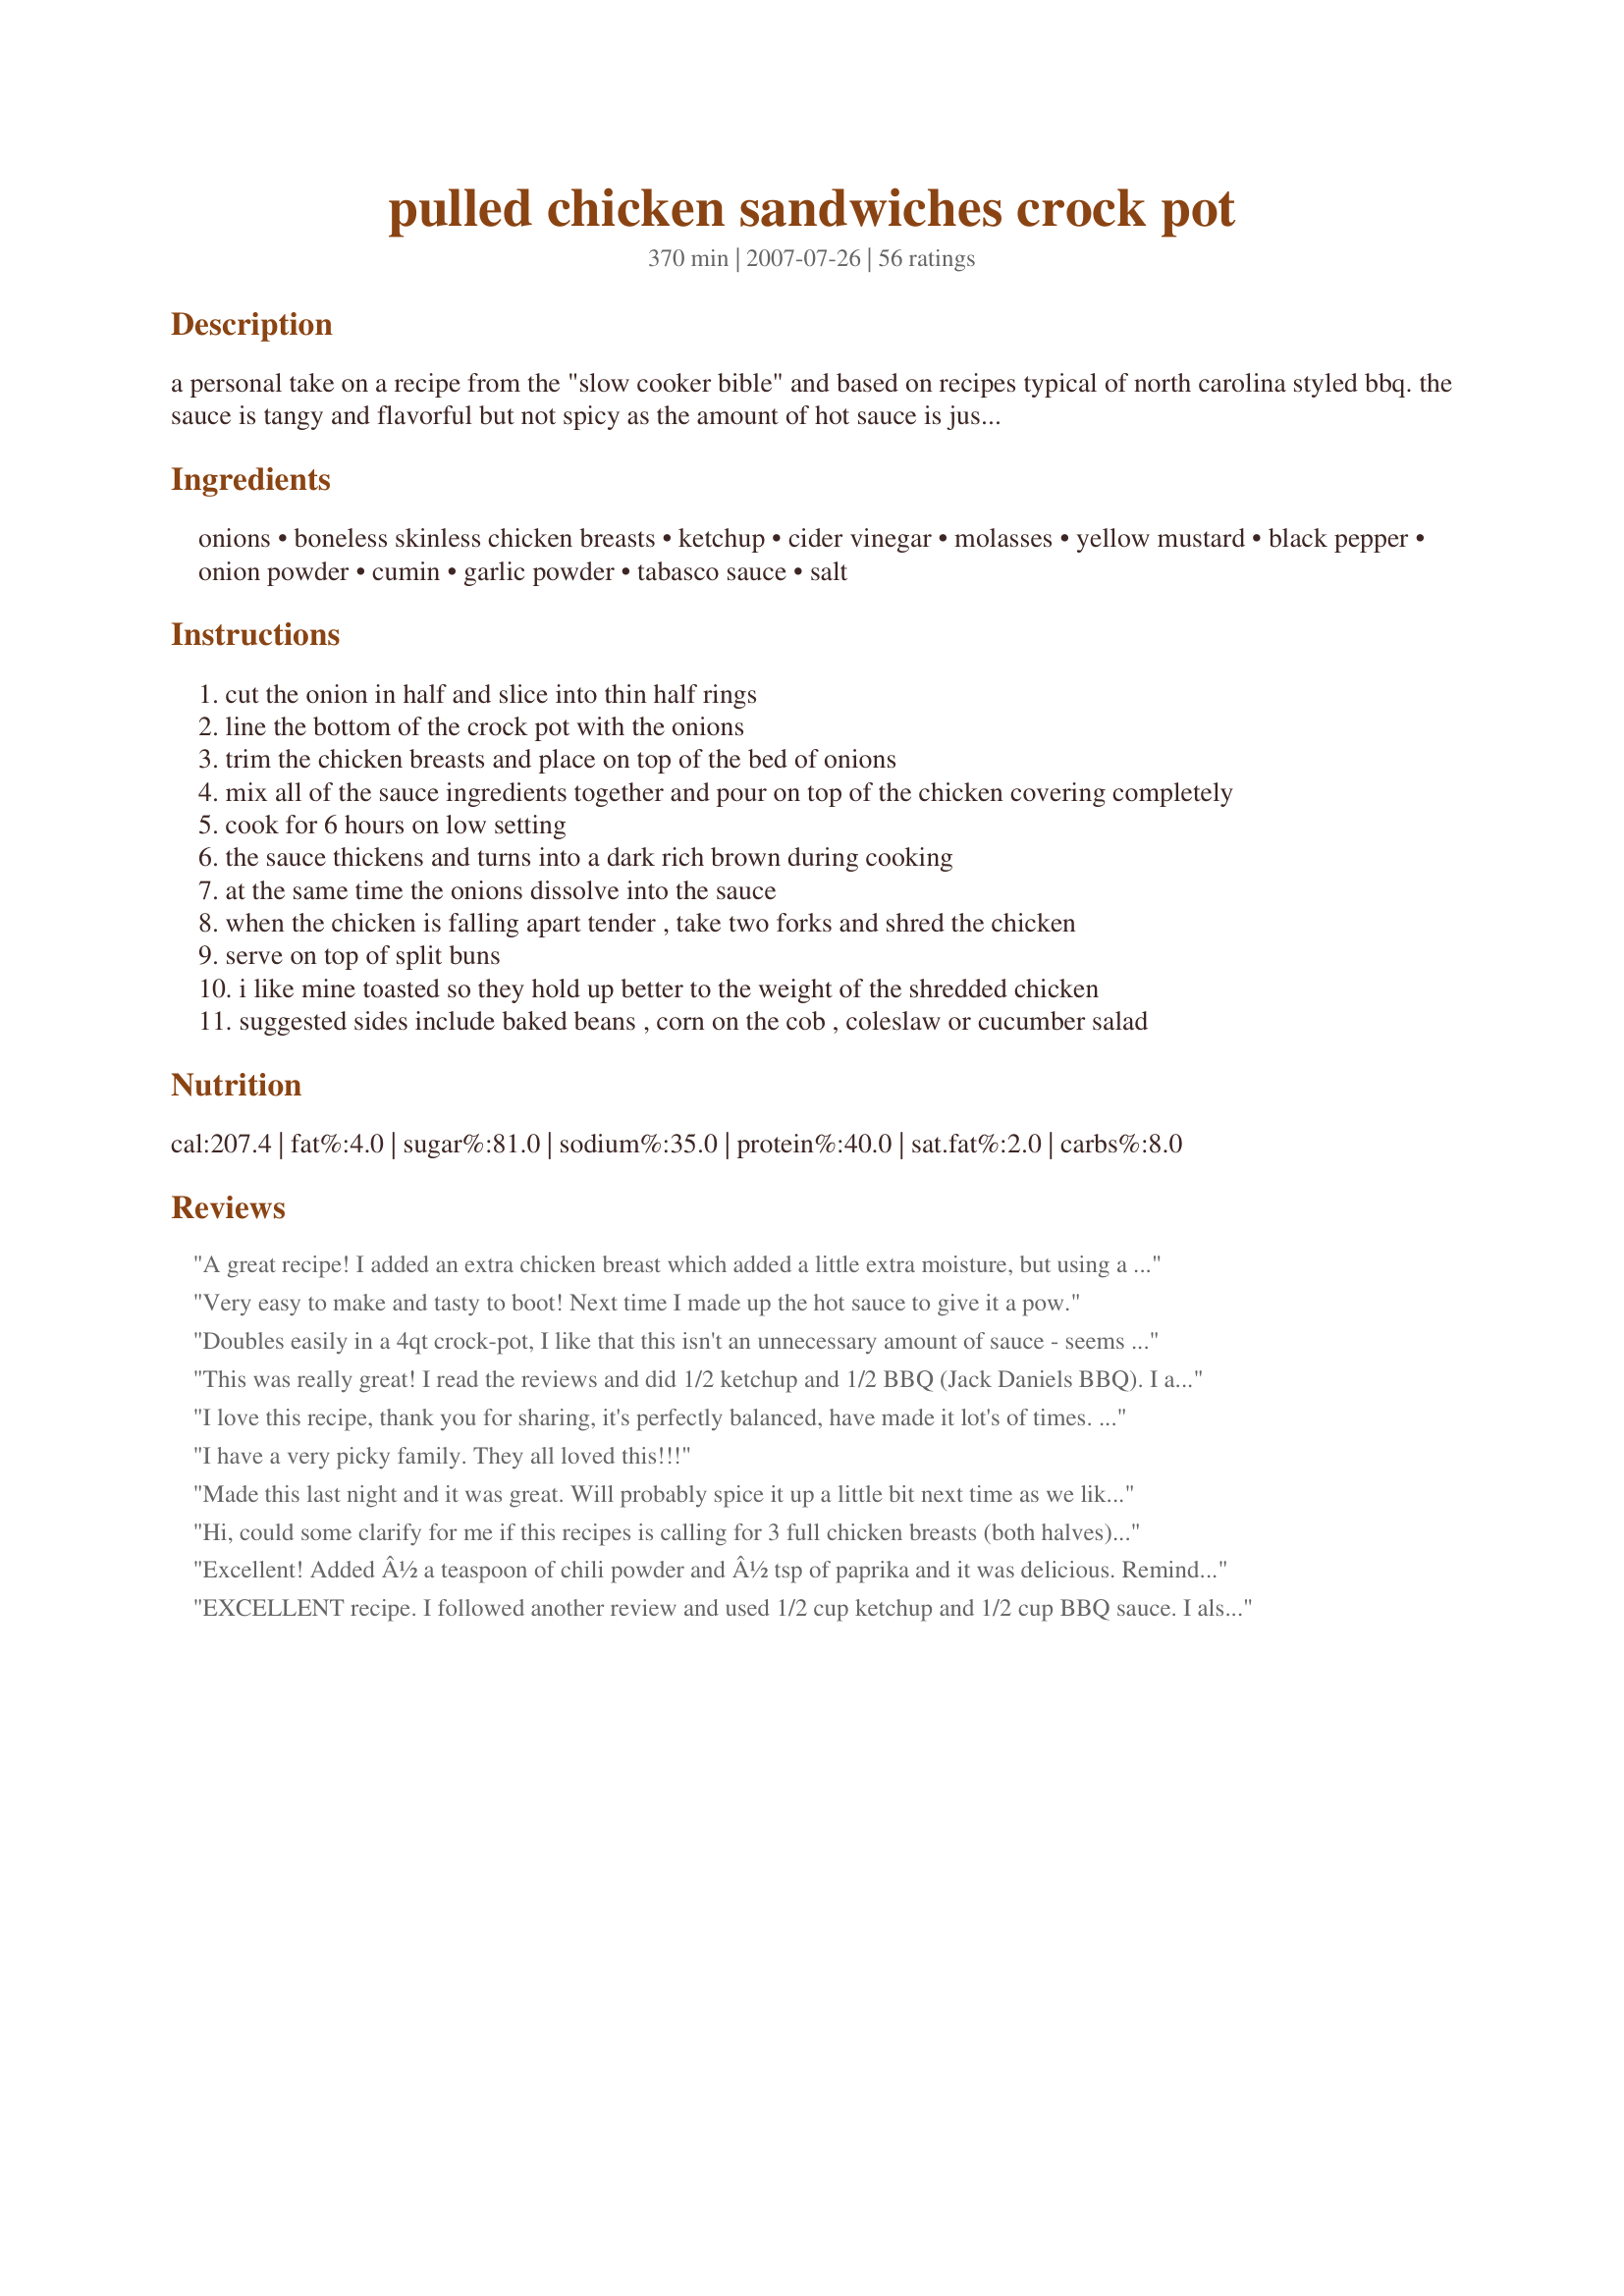
pulled chicken sandwiches crock pot
Preparation time: 370 minutes

a personal take on a recipe from the "slow cooker bible" and based on recipes typical of north carolina styled bbq. the sauce is tangy and flavorful but not spicy as the amount of hot sauce is just enough to balance the sweetness of the ketchup. certainly mild enough to serve to kids. it you want more zing, add more tabasco or a chopped chipotle pepper en adobo. (if your crock pot is large enough, this easily doubles and the leftovers can be frozen.)

Ingredients:
onions, boneless skinless chicken breasts, ketchup, cider vinegar, molasses, yellow mustard, black pepper, onion powder, cumin, garlic powder, tabasco sauce, salt

Steps:
cut the onion in half and slice into thin half rings
line the bottom of the crock pot with the onions
trim the chicken breasts and place on top of the bed of onions
mix all of the sauce ingredients together and pour on top of the chicken covering completely
cook for 6 hours on low setting
the sauce thickens and turns into a dark rich brown during cooking
at the same time the onions dissolve into the sauce
when the chicken is falling apart tender , take two forks and shred the chicken
serve on top of split buns
i like mine toasted so they hold up better to the weight of the shredded chicken
suggested sides include baked beans , corn on the cob , coleslaw or cucumber salad

Reviews:
A great recipe! I added an extra chicken breast which added a little extra moisture, but using a paper towel between the lid and the pot for the last hour thickened it right back up!Threw in a couple of tbsp of a spicy bbq sauce and a little cumin to kick up the spice. Everyone loved it and there was barely a spoonful left after dinner.
Very easy to make and tasty to boot! Next time I made up the hot sauce to give it a pow.
Doubles easily in a 4qt crock-pot, I like that this isn't an unnecessary amount of sauce - seems to make just the right amount of BBQ. A double batch made 24 small dinner roll sandwiches, with some extra chicken leftover. I also used half bbq sauce, half ketchup as a few reviewers have noted, which gave it a nice smokey flavor.
This was really great! I read the reviews and did 1/2 ketchup and 1/2 BBQ (Jack Daniels BBQ). I also threw the chicken in while it wasa still frozen and it came out really nicely. I did leave the top off for a little while to thicken the sauce up (probably from the frozen chicken). Over all a really great recipe I will do this one again!!
I love this recipe, thank you for sharing, it's perfectly balanced, have made it lot's of times. The trick is definitely to cook until easily shredded, you will have the perfect amount of sauce. I use 1/2 bbq sauce and 1/2 ketchup as someone earlier suggested and add liquid smoke. Delish!
I have a very picky family. They all loved this!!!
Made this last night and it was great. Will probably spice it up a little bit next time as we like it a little more spicy than sweet.
Hi, could some clarify for me if this recipes is calling for 3 full chicken breasts (both halves) or for 3 chicken breast halves? I&#039;d appreciate any help because I&#039;m planning on quadrupling it for a party. Because this is a question, I gave the recipes five stars so I wouldn&#039;t pull its rating down.
Thanks
Excellent! Added Â½ a teaspoon of chili powder and Â½ tsp of paprika and it was delicious. Reminded my mom of a BBQ place back home in Alabama.
EXCELLENT recipe. I followed another review and used 1/2 cup ketchup and 1/2 cup BBQ sauce. I also used Chipotle Tabasco and next time I will double the amount of that. The only minor "complaint" was that my daughter wants me to double or triple the sauce next time because she loved it so much - and there WILL be a next time because this is so easy and delicious.
Easy, delicious and fits in my diet plan. The full-bodied sauce clings well to the chicken unlike a lot of the tangy varieties. I made just as written but needed to zip it up for our tastes. Since the sweet/tart balance was perfect, I felt that adding more Tabasco would foul that up. So I used a very generous pinch of ground cayenne pepper. That did the trick. I toasted the buns as you suggested and am glad that I did. This will be a regular for us, I am sure! Thanks for sharing your recipe.
This was absolutely amazing! Like many others, I also did the 50/50 for ketchup and BBQ sauce (Sweet Baby Ray&#039;s). My kids didn&#039;t know that it wasn&#039;t pulled pork. Everyone had seconds. This one goes in the &quot;keeper&quot; folder. Thank you for sharing this recipe! :)
This was fine, but there we thought the vinegar was too pronounced. I followed the recipe with the modification recommended by others to use BBQ sauce in place of half of the ketchup, and I diced my onions (even so they did not &quot;dissolve into the sauce&quot; so I would not have wanted them larger). I don't think I'll make this again; I think you'd get the same results by dumping a jar of your favorite BBQ sauce over chicken in a slow cooker, and tweaking it with a few spices.
I'm not a ketchup fan (even homemade), so I was pleasantly surprised by how good this recipe turned out. I assumed 3 chicken breasts meant one pound and I sextupled (X6) the recipe, cooked on high for 4 hours and low for 8. To us it tastes just like sloppy Joe's. Yum! I also used honey instead of molasses (didn't have any) and I am going to add this easy recipe to my "make at the lake" recipe box. I guess I'm going to start having ketchup around the house. Thanks for the recipe.
Great alternative to pulled pork. I love the sauce from scratch. Thanks for posting!
Turned out AMAZING! I&#039;ve tried a lot of sauces and this one is the best and a &quot;keeper&quot; recipe. I must comment, I think I goofed up and did a 2 serving portion, but put in 1 cup of ketchup. I&#039;ll have to try it with 1c and double everything. As I said, the sauce is a keeper and this would be baseline. If you want spicier, add a little more Tabasco or your favorite hot sauce (mine is Blair&#039;s - Widow Maker). If you want more smoke, add a little liquid smoke. If you want sweeter, add orange juice or apricot preserves (I use Smucker&#039;s). If you want more bitter, try orang zest. I&#039;d like to try it with a little Bourbeon, so will add a little Jim Beam to the next batch. Anyway, just slow cooked the chicken covered in water with onions on bottom, drain, add BBQ sauce and back in the slow cooker for a spell. Perfect. Thank you soo much for the sauce. A key item and most recipes suck because people don&#039;t give up the goods. Thank you soo much!
Easy and great. First time I made it, it was a little mild for me. Next time I used 1/2 katchup and 1/2 good BBQ sauce and it was much better. As always I added more cumin than called for but that is just my taste. You'll love it.
Very good recipe. Tasty. Made as directed with a touch of brown sugar. Will be used again for pork next time. Thanks.
This was amazing. The house smelled so good while it was cooking. I doubled the recipe so I used 1 cup ketchup and 1 cup bbq sauce. Followed the rest pretty much but added a lot more Frank's Hot Sauce. I will definitely make this again. Thanks for the great recipe.
Wow!! I used two large breasts and mine didn&#039;t darken up like stated in the recipe (I had no molasses so subbed honey and my grandson won&#039;t touch anything that has an onion in it so omitted that step) but huge hit. Chicken was done after two (plus a little) hours on low so simply turned it to warm and everybody helped themselves as the evening progressed. Made sandwiches out of toasted sour dough bread: some with cheese, onion, lettuce (to everyone&#039;s individual tastes). My daughter in law came in my room late in the evening and sheepishly asked if this was supposed to be for tomorrow too......because there wasn&#039;t any left. And easy, easy, easy!!
This is my kind of Friday night meal! The chicken breasts started out frozen and cooked in the wonderful sauce all day while I was at work. When I entered the house the aroma hit me. I used a stone ground mustard and tossed in 2 small bell peppers. Served this on toasted buns with potato salad and assorted pickles.
This came out great. The second time I made this I added a half of a cup of Dr Pepper soda which I thought added a little extra flavor. Will make again
This was great. Super simple and very tasty. Thanks for posting.
This recipe was wonderful! I have a big family so I doubled the recipe the first time around. I followed it exactly for the most part except I added probably about 1/2 tablespoon extra of molasses as well as about a teaspoon of lemon pepper. I put this on high for 4 hours. In addition to the pulled chicken I sauteed up two medium sized onions with one clove of garlic salt and pepper to put on the sandwich. I used ciabatta buns and made a garlic red pepper seed oil rub to toast them with. All of this together was fantastic! My family is already excited for the next time I make this.
I doubled this recipe so I would have leftovers to freeze. I was so excited when I tasted the sauce but it got quite watered down after cooking with the 6 breasts. Next time I will hold a little sauce back and add it in after I shred the chicken. Very good though! Oh and I took the advice of another poster and did half BBQ sauce and half ketchup. Heres a tip. I make my buns diner style, butter the inside and toast them in skillet. Makes a big difference.
Yum! I used half reduced sugar ketchup and half regular so I&#039;d have enough. Did 4 small pieces of chicken in this sauce. Very good flavor to the sauce. I&#039;d add some pepper flakes next time for more kick. I think next time I&#039;ll do half chicken breast and half boneless thighs for more texture. Served this on mixed greens rather than bread to save carbs. Thanks for sharing.
Good
These were so easy to make. My family liked these and I liked the preparation for them. I served these with potato salad and chips.....how much easier can you get? Thank you for sharing with us you recipe, I loved it. I had never make pulled chicken before and we love it as much as the pork and beef.
Was very good! I also did the half and half with ketchup and BBQ sauce. Added real garlic instead of garlic powder (I don't buy it) and had to use a bit of mrs. dash instead of onion powder ( I was out). Used honey instead of molasses because that's what I had. Everything else was exact. The only thing we did not care for was the onion in it, and that really surprised me! After making several meals in the crock pot lately, I've also noticed that mine seems to cook WAY faster than these recipes say. I used frozen chicken breasts (2 very large, 1 medium) and they were done and easily pulled in 4 hours on low. That doesn't take away from my score, just for me to remember next time, and there will be a next time!
I made this tonight knowing I would be out of the house all day. I don't eat meat but my family does. The smell alone was amazing. Everyone raved about it. The only differences I made was no onion powder, Frank's instead of Tabasco, and Dijon mustard because that is all I had. I also used three small red onions, thicky sliced. Excellent and easy!
Oh my goodness, this is wonderfu! I did not have molasses so used brown sugar, and half ketsup and half sweet baby rays. Other than that............heave an on a bun. My husband was so impressed! LOVe LOve Love......&lt;br/&gt;This is a keeper for sure!
This recipe is so delicious! It is quick and easy and taste great on my homemade buns. I had to decrease the cook time to 3 hours on low in my crock pot.
Wonderful! I used 4 chicken breast and doubled up on the sauce. The sauce did not thicken up as much as I had hoped, but the flavor was excellent! My husband ate it straight and I had mine on a bun. This recipe is so incredibly simple and so easy to serve! Thanks, justcallmetoni!
I like to shred it the night before. It makes it easier. I use a rotisserie chicken, which gives you quite a lot of chicken, I was surprised. Store this in the refrigerator, taking out when needed the next day. I love this recipe. The sweet and Smokey bbq sauce is the best.
Served this on Bunco night, and it was a big hit. I used 1/2 BBQ sauce and half ketchup. Once the chicken was pulled, I poured the sauce into a saucepan (minus the onions), returned the chicken and a bit of sauce to the crock pot, and simmered the rest of the sauce until it thickened up. Served with buns, apple slaw and, potato salad. (The sweet/sour combination of the apple slaw was a nice combination.) Thanks for sharing.
I like that is was not too saucy. A bit sweet for my taste though so I will reduce the molasses. I was looking for a more tangy flavor. I cooked on high for 4 hours. My husband loved it and I look forward to converting the leftovers into bbq chicken nachos tonight!
This homemade BBQ sauce is so delicious and I love the fact that I don&#039;t have to deal with any chicken bones. Extremely easy to put together and it went very quickly in my house! Great recipe! I featured this recipe in my blog - http://danasfoodblog.com/?p=174.
This made a delicious meal to come home to. The meat was fall-apart tender and the flavor of the sauce was excellent. I didn't change a thing and my whole family loved it.
I wanted to LOVE this recipe, but I needed to make some changes. My kids LOVE pulled sandwiches (pork or chicken), but I have never attempted to make them myself so this was my first attempt. The sauce was VERY tart and vinegary (like the description), and it was a bit much for my taste. I had to add some Sweet Baby Ray's and some brown sugar before serving it. I will make again, but I will tweak it to my families liking. The chicken turned out wonderful, and as for the sauce being too watery, it did not seem to matter as all of the flavor was throughout the meat.
We really liked this recipe. The only change I made was that I used brown sugar instead of molasses since I was out of it. I liked the fact that the chicken wasn't drowning in sauce. It was just enough. We topped the sandwiches with cole slaw. Mmmm. Thanks for the recipe. We'll be making it again.
Really, really good! Like others, I did half ketchup and half barbecue sauce. I also added a little more after shredding and served some on the side to put on the sandwiches because some of the flavor gets a little watered down in the process. So delicious!
I do a 50/50 breakdown with ketchup and bbq sauce because we like things spicy. I am also quite liberal with the seasonings. Other than that, I make this as is. It had not only become my go-to omg-what-are-we-going-to-have-for-dinner-tomorrow meal, but a great meal to home to after a hike with the BF or a whole group of friends. Well done.
I made this today and it was a BIG hit! I served it with creamy cole slaw and bread and butter pickles. Thanks so much for sharing this.

June
Was very good. I cooked it for about 2 hours on low and then about 2 hours on high. I also put paper towels under the lid of the crock pot like others had suggested and it did not turn out watery at all. I would definitely double next time and add a lot more hot sauce and some cayenne pepper. I
Amazing. I tried this recipe tonight and it came out great. I was short on time, so I did it on high for 3 hours. I'm sure it would taste even better slow and low, but it still came out tender and the amount of sauce was perfect. I didn't have any onion, so I just left it out and it was still very tasty. This is a keeper!!!
I was very pleased with the results of this recipe. The chicken cooked up so tender and really shredded great. We served our on toasted bulkie rolls with a little cheddar melted on them.
I've been looking for a good Pulled Meat BBQ recipe, and this one is a keeper. I did the half ketchup, half bbq sauce also. When I tasted the sauce I thought it needed something extra so I put a little Worcestershire Sauce in it, and it was perfect. Loved this.
this was fantastic...i actually made it for my wedding and it was a huge hit...i did add a lil bbq sauce for extra flavoring as well as lemon pepper...was a lil watery so i put paper towels under the lid and it sucked up all the moisture! fantastic and will def make it again
This is a great recipe! I do have to recommend making more sauce, though. I used 2 chicken breasts (fairly normal sized) &amp; needed to make more sauce (about 1/2 the recipe amount) to fully cover the chicken. I figured that if there was 2 much sauce, we could just use a slotted spoon to drain off any excess. I used all ketchup, and used hot taco sauce for the tabasco sauce. It was my husband&#039;s 4th of July meal &amp; he went back for seconds! Thank u very much for sharing!
This was super easy and very yummy. It didn't have quite enough kick for us, so we added a dash of Indian red chili powder over the shredded chicken before serving. Thanks Toni!
I love this recipe! The only thing I changed was to use thighs and legs instead of chicken breasts. We raise our own chickens so I am always looking for ways to use up legs and thighs. Sometimes I even serve the chicken without pulling it off the bone like you would get at a Bbq place. Really, really good.
I am eating low carb, so I left the ketchup out and substituted it with 1/2 pureed tomatoes, and added 1 Tablespoon of Splenda brown sugar. I didn&#039;t have any Cumin so I added Red Pepper instead. In the future, I will mince the onion. Results, absolutely delicious. This made enough for many different meals throughout the week.
I make this for myself and my partner, just two breasts though, and there's always left overs...somehow people always know when it's being made. lol.

I cut the ketchup down to 1/4 cup and upped the bbq sauce, in total making it one cup for both; this seems to cut the moisture down a bit. I replaced the tabasco with sriracha and it added a little more spice to the dish.
Excellent, I took other&#039;s suggestion to use 1/2 ketchup and 1/2 BBQ sauce (I used spicy honey) and the flavor was spot on. Served with creamy mac &amp; cheese on this site and watermelon. Might make this for our next camping trip. Thanks for sharing!
amazing. one of the best crockpot bbq recipes
The sauce was good (we did half ketchup and half BBQ sauce, more garlic, no dried onion and 3 heaping tbsp of brown sugar), but I found that the chicken was very dry. Maybe it was the organic chicken (less water added)?
